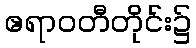
ဧရာဝတီတိုင်း၌